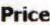
PRICE